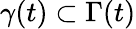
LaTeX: \gamma(t)\subset\Gamma(t)